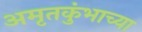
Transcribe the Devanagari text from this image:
अमृतकुंभाच्या